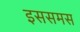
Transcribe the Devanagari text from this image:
इससमस